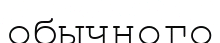
обычного